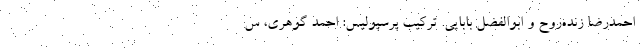
احمدرضا زنده‌روح و ابوالفضل بابایی. ترکیب پرسپولیس: احمد گوهری، س